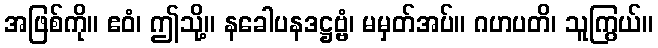
အဖြစ်ကို။ ဧဝံ၊ ဤသို့။ နခေါပနဒဋ္ဌဗ္ဗံ၊ မမှတ်အပ်။ ဂဟပတိ၊ သူကြွယ်။